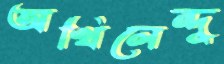
অখিলেন্দু